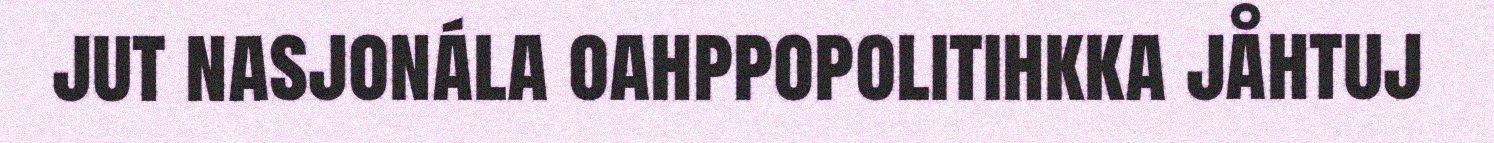
jut nasjonála oahppopolitihkka jåhtuj